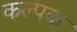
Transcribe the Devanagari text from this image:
कल्‍पक